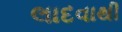
લાદવાથી